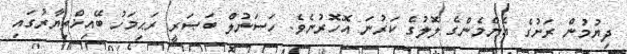
ދިޔުމުން ރަށުގެ އެންމެންގެ ލޮލުގެ ކަރުނަ އޮހޮރުނެވެ. ހަސަނުލް ބަޞަރީ ރަޙިމަހު ބޭއިޚްތިޔާރުގައި